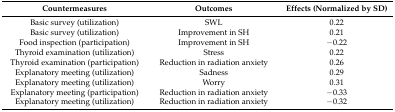
| Countermeasures | Outcomes | Effects (Normalized by SD) |
 | --- | --- | --- |
 | Basic survey (utilization) | SWL | 0.22 |
 | Basic survey (utilization) | Improvement in SH | 0.21 |
 | Food inspection (participation) | Improvement in SH | −0.22 |
 | Thyroid examination (utilization) | Stress | 0.22 |
 | Thyroid examination (participation) | Reduction in radiation anxiety | 0.26 |
 | Explanatory meeting (utilization) | Sadness | 0.29 |
 | Explanatory meeting (utilization) | Worry | 0.31 |
 | Explanatory meeting (participation) | Reduction in radiation anxiety | −0.33 |
 | Explanatory meeting (utilization) | Reduction in radiation anxiety | −0.32 |